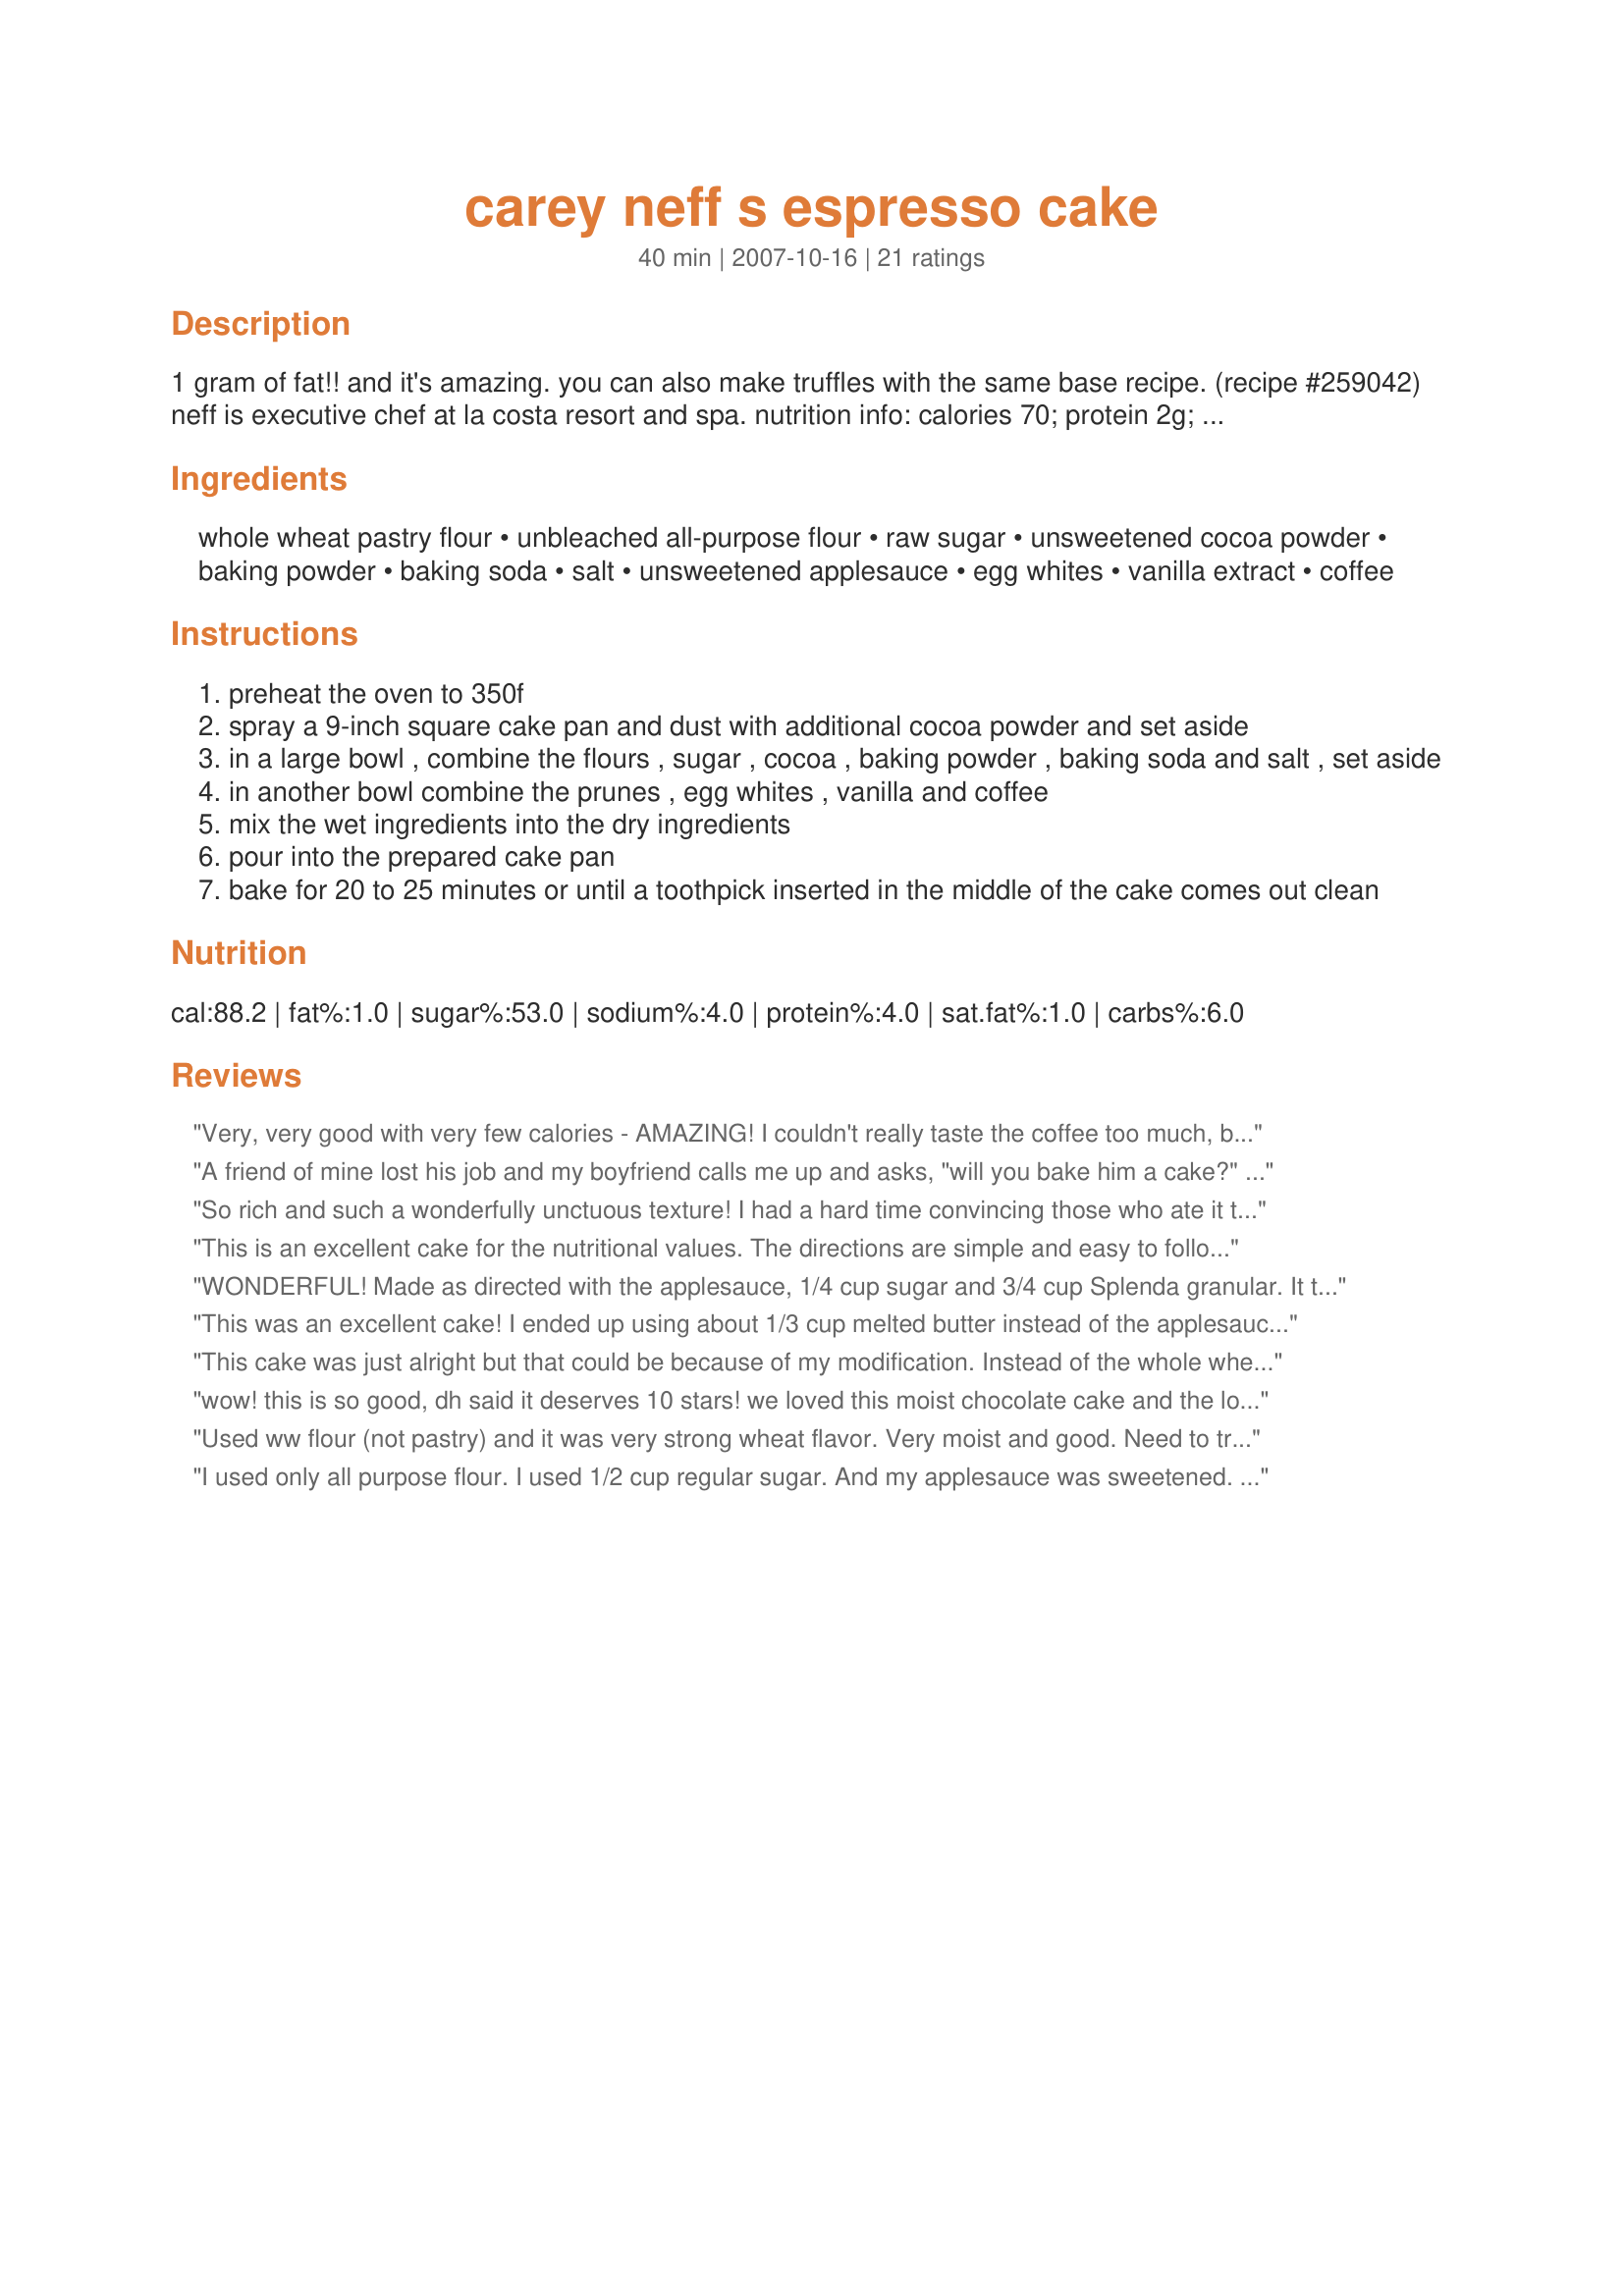
carey neff s espresso cake
Preparation time: 40 minutes

1 gram of fat!! and it's amazing. you can also make truffles with the same base recipe. (recipe #259042) neff is executive chef at la costa resort and spa. nutrition info: calories 70; protein 2g; total fat 1g; saturated fat 0.5g; carbohydrates 16g; dietary fiber 2g; cholesterol 0mg; sodium 90mg

Ingredients:
whole wheat pastry flour, unbleached all-purpose flour, raw sugar, unsweetened cocoa powder, baking powder, baking soda, salt, unsweetened applesauce, egg whites, vanilla extract, coffee

Steps:
preheat the oven to 350f
spray a 9-inch square cake pan and dust with additional cocoa powder and set aside
in a large bowl , combine the flours , sugar , cocoa , baking powder , baking soda and salt , set aside
in another bowl combine the prunes , egg whites , vanilla and coffee
mix the wet ingredients into the dry ingredients
pour into the prepared cake pan
bake for 20 to 25 minutes or until a toothpick inserted in the middle of the cake comes out clean

Reviews:
Very, very good with very few calories - AMAZING! I couldn't really taste the coffee too much, but I love the trick of adding coffee to chocolate things - creates a rich flavor with less calories and no fat. Next time I might go to the coffee stand next door and buy a few shots of espresso to throw in instead of coffee. I had a great time making a powdered sugar stencil, using waxed paper and an exacto knife. My cake was a work of art!!! The only thing I would suggest is do the powdered sugar right before you serve it. I did one layer too early and it soaked into the cake. I did another layer over top and it looked great. Thanks Marra!
A friend of mine lost his job and my boyfriend calls me up and asks, "will you bake him a cake?" and of course I did! I couldn't decide what kind so just basic Cake search and this looked great. Didn't know it had only 70 calories and the guy loved it! I added some orange juice soaked dried cranberries and milk chocolate chips on top. Thanks! :D
So rich and such a wonderfully unctuous texture! I had a hard time convincing those who ate it that it had no added fat and that it was mostly whole wheat flour! (It was hard for me to believe LOL) I used organic applesauce and very strong french roast coffee. Super cake!! This time we had it with vanilla frozen yogurt. Next time, I'll go for rasberry coulis and creme fraiche very lightly sweetened. Thanks, Marra!
This is an excellent cake for the nutritional values. The directions are simple and easy to follow. Thank you. I love the whole wheat flour and applesauce. When I poured the cake into the pan I thought it was a bit runny, but I went with it and the result was fantastic. I served it with vanilla ice cream the kids love ice cream. I had it plain and I thought it was great. I only got 9 servings, not the stated 16. Thank you. I think it's better the next day. Now I cannot stop eating it. It is so moist and dense, almost like brownie. I LOVE IT.
WONDERFUL! Made as directed with the applesauce, 1/4 cup sugar and 3/4 cup Splenda granular. It turned out soft and slightly chewy. It reminds me a bit of Hawaiian Mochi. I can't taste the coffee in it. Freddy Cat says thanks for the healthy chocolate cake! Made for the Zaar Stars game.
This was an excellent cake! I ended up using about 1/3 cup melted butter instead of the applesauce as I didn't have any and then covered it with a cocoa mocha frosting. The result was a delicious balance of chocolate and coffee. Thanks for sharing this recipe!
This cake was just alright but that could be because of my modification. Instead of the whole wheat pastry flour I used the mixture of cake flour and AP flour (see substitution formula at http://www.joyofbaking.com/IngredientSubstitution.html) so the cake had zero wheat flavor. The texture was light and moist but I think the flavor lacked something. I used 3/4 cup coffee + 1/4 cup Kahlua which resulted in a rather strong alcoholic taste right out of the oven but it mellowed down nicely the next day.
wow! this is so good, dh said it deserves 10 stars! we loved this moist chocolate cake and the low calories and fat content is an added bonus. the 2 of us have eaten almost all of it so i will have to make it again for tuesday so my kids can taste it. this is a keeper
Used ww flour (not pastry) and it was very strong wheat flavor. Very moist and good. Need to try again with ww pastry flour.
I used only all purpose flour. I used 1/2 cup regular sugar. And my applesauce was sweetened. I used 2 eggs. Thanks Marra :) Made for Zaar Star Game
Oh wow, this was a really popular cake! Everyone loved this, I served it with white chocolate mocha sauce and it was *devoured*. Completely easy and foolproof to make, although I was lazy and made with 1 whole egg and 1 egg white so as to save an egg. Thanks!
Superb ! Hard to believe this is so low in fat. Great texture and flavor, quick and easy to make. Served warm or cold with cream or ice cream or simply on its own it really is lovely. Many thanks, I will be making this regularly.
This cake is fantastic!! I make it for guests, my kids, and myself and we all love it!!
If there were more stars, this recipe would have them all. As a points counter, I have tried many lowfat cakes and this was simply the best. Very easy to assemble and the taste is wonderful deep in chocolate flavor but still light. Really, there is not a thing I could do to make this better. For Christmas, Im planning a variation using water and a little peppermint extract in lieu of the coffee. Ho, ho, ho! Thanks Marra!
Delicious! Moist and chocolatey! My family insisted on frosting so I did make my own but it absolutely didn't need it. I used all white flour and regular sugar along with applesauce. Yum!
This was great, really moist and chocolatey with the slightest hint of the coffee. Really enjoyed it. I know its low fat but I had to put some icing on any will definately be using this recipe for base cake again. thanks.
We devoured this. I made it on the day before Easter, and it was gone by the next morning, so I made it again! The flavor and dense texture are wonderful. Thank you for posting!
This cake was lovely, though it had a dark-chocolate, bitter-sweet taste which is not always my favourite. I made it as a birthday cake for my mom and served it with salted caramel frosting. I had been looking for a not-to-sweet cake to try that icing on and it was a delicious combination. My parents really enjoyed it too.
This is wonderful, for being low fat. I made this healthier by using Splenda for half the sugar. I used rum extract instead of vanilla. Cake has a nice fudge-like texture, very moist! I used a variation on Marra's recipe #257573 as a glaze, and also baked in a 9-inch round pan. We will be making this often!
Yummy! This was sinful-tasting, but practically good for you! I loved the moistness, and the strong hint of coffee flavor. I served it with just a dusting of powdered sugar on top, using a stencil to make it pretty. The cake doesn't need much -- it stands very well on its own, thank you.
Awesome cake, and thanks so much, Marra!
Oh my, this really is delicious! I used 2/3 cup cake flour and 1/4 cup whole wheat flour, 1 cup soft demerara sugar, and 1 whole egg plus one egg white. Overbaked slightly by accident, but the middle bits give me an idea of what the texture would be like had I been paying attention!! Excellent recipe, thank you for sharing!
